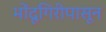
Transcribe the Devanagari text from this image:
भोंदूगिरीपासून